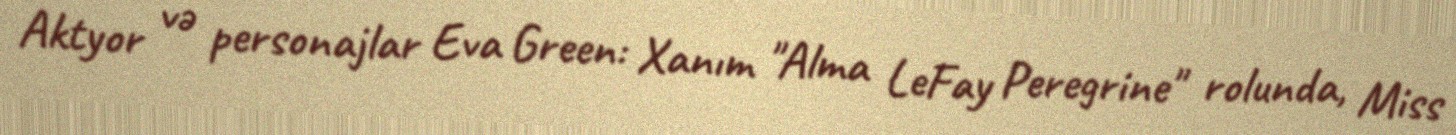
Aktyor və personajlar Eva Green: Xanım "Alma LeFay Peregrine" rolunda, Miss